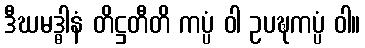
ဒီဃမဒ္ဓါနံ တိဋ္ဌတီတိ ကပ္ပံ ဝါ ဥပဍ္ဎကပ္ပံ ဝါ။